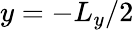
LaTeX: y=-L_{y}/2